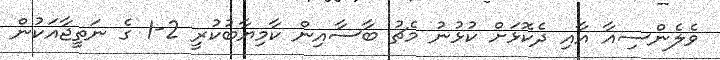
ވެލެންސިއާ އާއި ދެކޮޅަށް ކުޅުނު މެޗު ބާސާއިން ކާމިޔާބުކުރީ 2-1 ގެ ނަތީޖާއަކުން